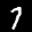
Digit: 7